Statistics compiled by the Government of India from the reports of provincial Civil Veterinary Departments
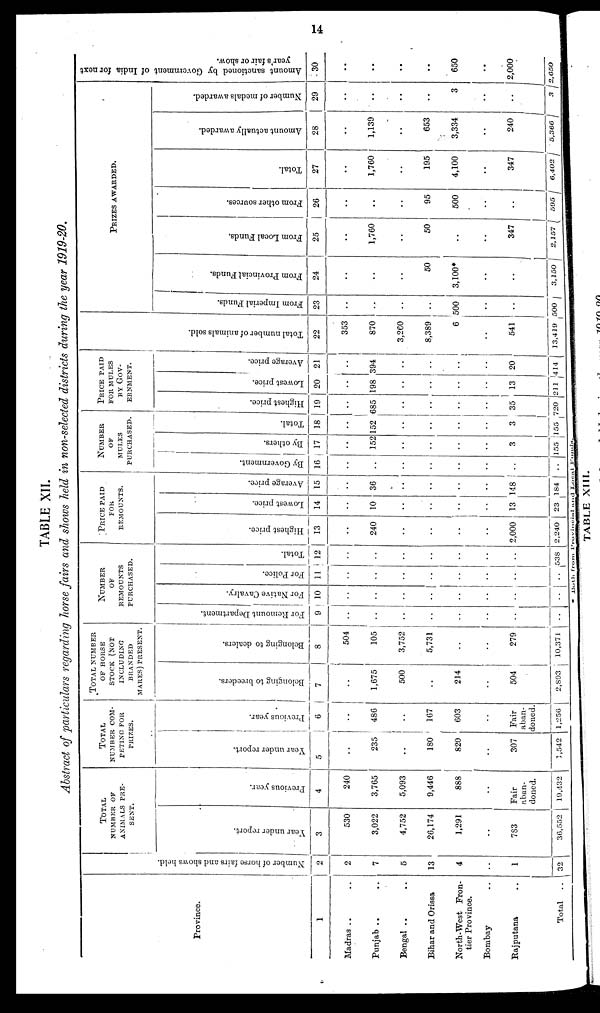
14
TABLE XII.
Abstract of particulars regarding horse fairs and shows held in non-selected districts during the year 1919-20.
Province.
1
Madras .. ..
Punjab .. ..
Bengal .. ..
Bihar and Orissa
North-West Fron-
tier Province.
Bombay ..
Rajputana ..
Total
..
Nu mb e r of hor se fai rs a nd s h o w s hel d.
2
2
7
5
13
4
..
1
32
TOTAL
NUMBER OF
ANIMALS PRE-
SENT.
Year under report.
3
530
3,022
4,752
26,174
1,291
..
783
36,552
Previous year.
4
240
3,765
5,093
9,446
888
..
Fair
aban-
doned.
19,432
TOTAL
NUMBER COM-
PETING FOR
PRIZES.
Year under report.
5
..
235
..
180
820
..
307
1,542
Previous year.
6
..
486
..
167
603
..
Fair
aban-
doned.
1,256
TOTAL NUMBER
OF HORSE
STOCK (NOT
INCLUDING
BRANDED
MARES) PRESENT.
Belonging to breeders.
7
..
1,675
500
..
214
..
504
2,893
Belonging to dealers.
8
504
105
3,752
5,731
..
..
279
10,371
NUMBER
OF
REMOUNTS
PURCHASED.
For Remount Department.
9
..
..
..
..
..
..
..
..
For Native Cavalry.
10
..
..
..
..
..
..
..
..
For Police.
11
..
..
..
..
..
..
..
..
Total.
12
..
..
..
..
..
..
..
538
PRICE PAID
FOR
REMOUNTS.
Highest price.
13
..
240
..
..
..
..
2,000
2,240
Lowest price.
14
..
10
..
..
..
..
13
23
Average price.
15
..
36
..
..
..
..
148
184
NUMBER
OF
MULES
PURCHASED.
By Government.
16
..
..
..
..
..
..
..
..
By others.
17
..
152
..
..
..
..
3
155
Total.
18
..
152
..
..
..
..
3
155
PRICE PAID
FOR MULES
BY GOV-
ERNMENT.
Highest price.
19
..
685
..
..
..
..
35
720
Lowest price.
20
..
198
..
..
..
..
13
211
Average price.
21
..
394
..
..
..
..
20
414
Tot al number of animals sold.
22
353
870
3,260
8,389
6
..
541
13,419
PRIZES AWARDED.
Fr om I mper i
al Funds .
23
..
..
..
..
500
..
..
500
From Provincial Funds.
24
..
..
..
50
3,100*
..
..
3,150
From Local Funds.
25
..
1,760
..
50
..
..
347
2,157
From other sources.
26
..
..
..
95
500
..
..
595
Total.
27
..
1,760
..
195
4,100
..
347
6,402
Amount actually awarded.
28
..
1,139
..
653
3,334
..
240
5,366
Number of medals awarded.
29
..
..
..
..
3
..
..
3
Amount sanctioned by Government of India for next
year's fair or show.
30
..
..
..
..
650
..
2,000
2,650